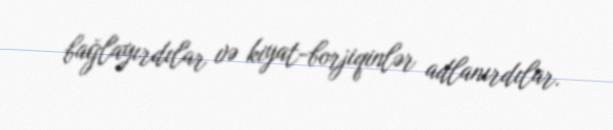
bağlayırdılar və kiyat-borjiqinlər adlanırdılar.